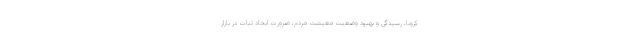
کرونا، رسیدگی و بهبود وضعیت معیشت مردم، ضرورت ایجاد ثبات در بازار